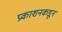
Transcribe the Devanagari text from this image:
प्रकाशनकडून